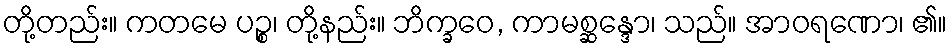
တို့တည်း။ ကတမေ ပဉ္စ၊ တို့နည်း။ ဘိက္ခဝေ, ကာမစ္ဆန္ဒော၊ သည်။ အာဝရဏော၊ ၏။